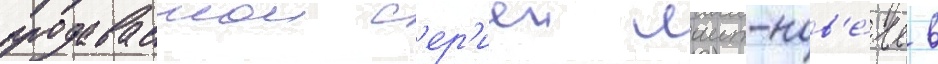
продаваемои с'ер'иеи лаит-нов'е́лл в